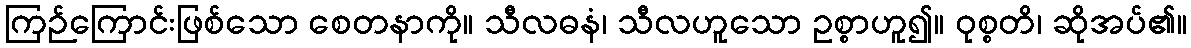
ကြဉ်ကြောင်းဖြစ်သော စေတနာကို။ သီလဓနံ၊ သီလဟူသော ဥစ္စာဟူ၍။ ဝုစ္စတိ၊ ဆိုအပ်၏။